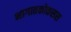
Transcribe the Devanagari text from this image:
भागातकोकसस